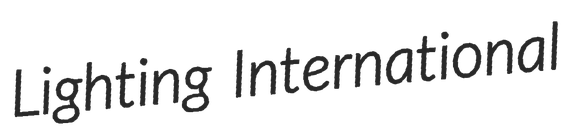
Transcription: Lighting International